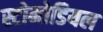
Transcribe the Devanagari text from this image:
स्टोमोडियल